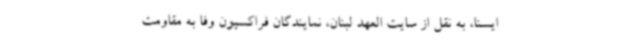
ایسنا، به نقل از سایت العهد لبنان، نمایندگان فراکسیون وفا به مقاومت